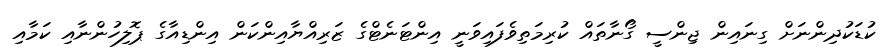
ކުޑަކުދިންނަށް ގިނައިން ޖިންސީ ގޯނާތައް ކުރިމަތިވެފައިވަނީ އިންޓަނެޓްގެ ޒަރިއްޔާއިންކަން އިންޑިއާގެ ޕޮލިހުންނާއި ކަމާއި